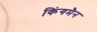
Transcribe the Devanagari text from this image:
किंगमैन